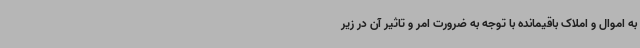
به اموال و املاک باقیمانده با توجه به ضرورت امر و تاثیر آن در زیر